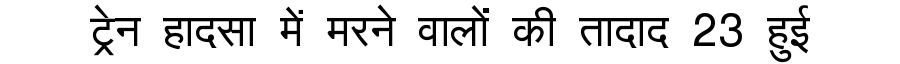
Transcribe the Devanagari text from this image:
ट्रेन हादसा में मरने वालों की तादाद 23 हुई